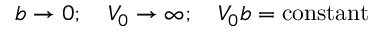
b \to 0 ; \quad V _ { 0 } \to \infty ; \quad V _ { 0 } b = \mathrm { c o n s t a n t }